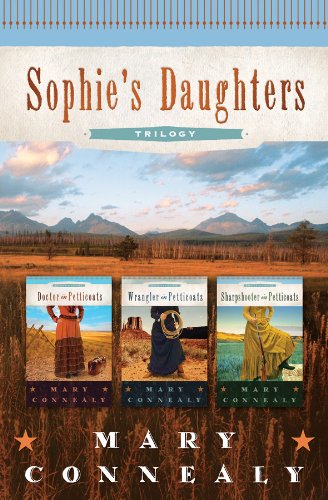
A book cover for Sophie's Daughters Trilogy; Mary Connealy; Romance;